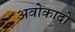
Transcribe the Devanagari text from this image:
अवोकादो